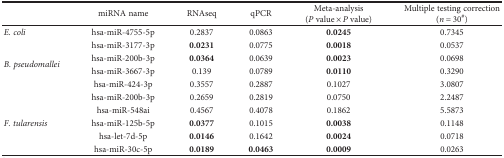
<table><thead><tr><td></td><td><b>miRNA name</b></td><td><b>RNAseq</b></td><td><b>qPCR</b></td><td><b>Meta-analysis (<i>P</i> value × <i>P</i> value)</b></td><td><b>Multiple testing correction (<i>n</i> = 30<sup>#</sup>)</b></td></tr></thead><tbody><tr><td><i>E. coli</i></td><td>hsa-miR-4755-5p</td><td>0.2837</td><td>0.0863</td><td><b>0.0245</b></td><td>0.7345</td></tr><tr><td rowspan="4"><i>B. pseudomallei</i></td><td>hsa-miR-3177-3p</td><td><b>0.0231</b></td><td>0.0775</td><td><b>0.0018</b></td><td>0.0537</td></tr><tr><td>hsa-miR-200b-3p</td><td><b>0.0364</b></td><td>0.0639</td><td><b>0.0023</b></td><td>0.0698</td></tr><tr><td>hsa-miR-3667-3p</td><td>0.139</td><td>0.0789</td><td><b>0.0110</b></td><td>0.3290</td></tr><tr><td>hsa-miR-424-3p</td><td>0.3557</td><td>0.2887</td><td>0.1027</td><td>3.0807</td></tr><tr><td rowspan="5"><i>F. tularensis</i></td><td>hsa-miR-200b-3p</td><td>0.2659</td><td>0.2819</td><td>0.0750</td><td>2.2487</td></tr><tr><td>hsa-miR-548ai</td><td>0.4567</td><td>0.4078</td><td>0.1862</td><td>5.5873</td></tr><tr><td>hsa-miR-125b-5p</td><td><b>0.0377</b></td><td>0.1015</td><td><b>0.0038</b></td><td>0.1148</td></tr><tr><td>hsa-let-7d-5p</td><td><b>0.0146</b></td><td>0.1642</td><td><b>0.0024</b></td><td>0.0718</td></tr><tr><td>hsa-miR-30c-5p</td><td><b>0.0189</b></td><td><b>0.0463</b></td><td><b>0.0009</b></td><td>0.0263</td></tr></tbody></table>